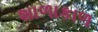
શાળાકાળ